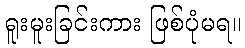
ရူးမူးခြင်းကား ဖြစ်ပုံမရ။